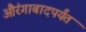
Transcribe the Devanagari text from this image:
औरंगाबादपर्यंत